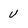
Character: v